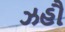
ઝહૌ